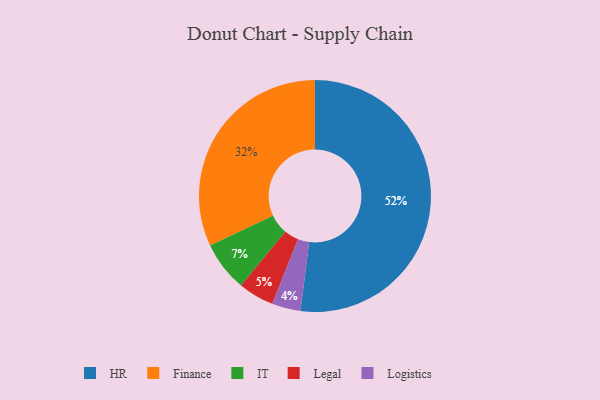
{"axis": {"x": "Category", "y": "Percentage"}, "legend": ["Finance", "HR", "IT", "Legal", "Logistics"], "data": [{"x": "Legal", "y": 5, "type": "Legal"}, {"x": "Finance", "y": 32, "type": "Finance"}, {"x": "HR", "y": 52, "type": "HR"}, {"x": "Logistics", "y": 4, "type": "Logistics"}, {"x": "IT", "y": 7, "type": "IT"}]}